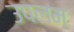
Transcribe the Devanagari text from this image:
उपलम